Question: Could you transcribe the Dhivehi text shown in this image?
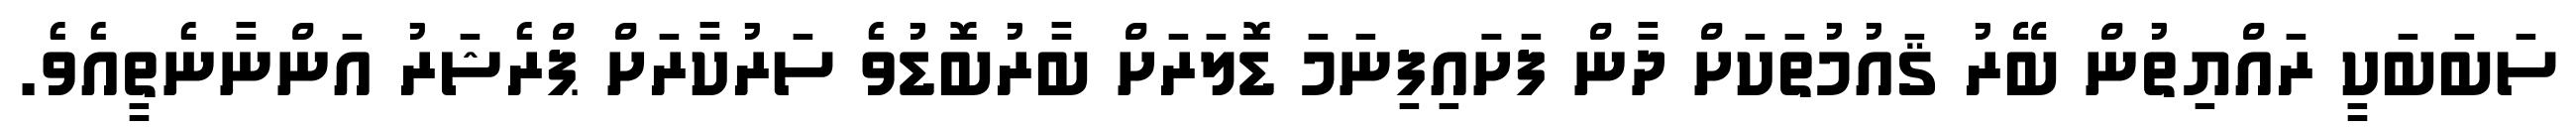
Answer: ސަބަބަކީ ރައްޔިތުން ބޭރު ޤައުމުތަކަށް ދާން ފަށަައިފިނަމަ ޑޮލަރަށް ބާރުބޮޑުވެ ސަރުކާރަށް ޕްރެޝަރު އަންނާނެތީއެވެ.